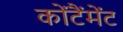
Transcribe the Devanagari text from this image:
कोंटैंमेंट